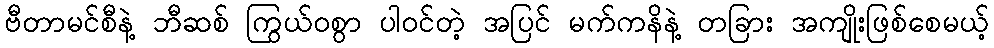
ဗီတာမင်စီနဲ့ ဘီဆစ် ကြွယ်ဝစွာ ပါဝင်တဲ့ အပြင် မက်ကနိနဲ့ တခြား အကျိုးဖြစ်စေမယ့်